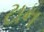
ટાન